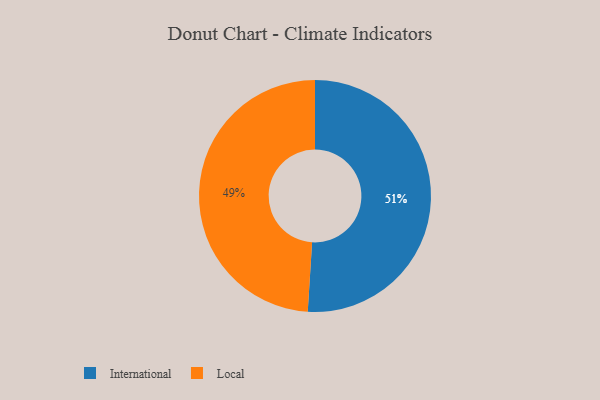
{"axis": {"x": "Category", "y": "Percentage"}, "legend": ["International", "Local"], "data": [{"x": "Local", "y": 49, "type": "Local"}, {"x": "International", "y": 51, "type": "International"}]}